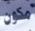
مكون